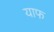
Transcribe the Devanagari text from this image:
याफ